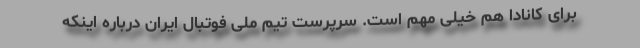
برای کانادا هم خیلی مهم است. سرپرست تیم ملی فوتبال ایران درباره اینکه